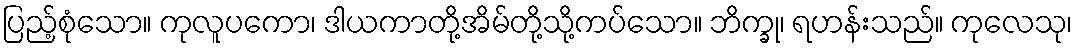
ပြည့်စုံသော။ ကုလူပကော၊ ဒါယကာတို့အိမ်တို့သို့ကပ်သော။ ဘိက္ခု၊ ရဟန်းသည်။ ကုလေသု၊